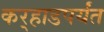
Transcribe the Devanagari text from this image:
कर्‍हाडपर्यंत